Medical and sanitary report on the native army of Bombay for the year
Year: 1878
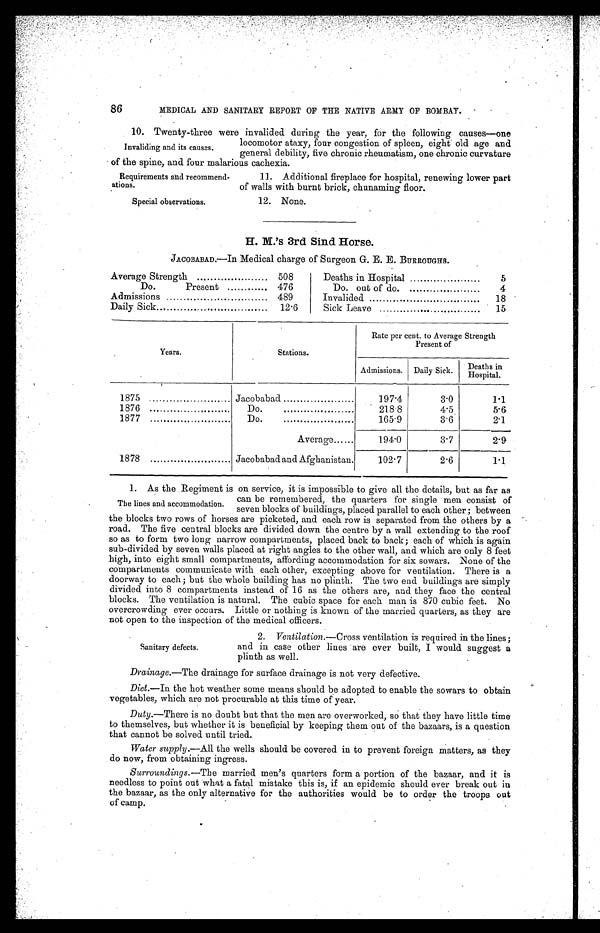
86
MEDICAL AND SANITARY REPORT OF THE NATIVE ARMY OF BOMBAY.
10. Twenty-three were invalided during the year, for the following causes—one
locomotor ataxy, four congestion of spleen, eight old age and
general debility, five chronic rheumatism, one chronic curvature
of the spine, and four malarious cachexia.
Invaliding and its causes.
Requirements and recommend-
ations.
Special observations.
11. Additional fireplace for hospital, renewing lower part
of walls with burnt brick, chunaming floor.
12. None.
H. M.’s 3rd Sind Horse.
JACOBABAD.—In Medical charge of Surgeon G. E. E. BURROUGHS.
Average Strength
508
Do.
Present
476
Admissions
489
Daily Sick
12.6
Deaths in Hospital
5
Do. out of do.
4
Invalided
18
Sick Leave
..........
15
Years.
Stations.
Rate per cent. to Average Strength
Present of
Admissions. Daily Sick.
D e a t h s i n
h o s p i t a l .
1875
Jacobabad
197.4
3.0
1.1
1876
D o . . . . . . . . . . . . . . .
218.8
4.5
5.6
1877
D o . . . . . . . . . . . . . . .
165.9
3.6
2.1
Average......
194.0
3.7
2.9
1878
Jacobabad and Afghanistan.
102.7
2.6
1.1
1. As the Regiment is on service, it is impossible to give all the details, but as far as
can be remembered, the quarters for single men consist of
seven blocks of buildings, placed parallel to each other ; between
the blocks two rows of horses are picketed, and each row is separated from the others by a
road. The five central blocks are divided down the centre by a wall extending to the roof
so as to form two long narrow compartments, placed back to back ; each of which is again
sub-divided by seven walls placed at right angles to the other wall, and which are only 8 feet
high, into eight small compartments, affording accommodation for six sowars. None of the
compartments communicate with each other, excepting above for ventilation. There is a
doorway to each ; but the whole building has no plinth. The two end buildings are simply
divided into 8 compartments instead of 16 as the others are, and they face the central
blocks. The ventilation is natural. The cubic space for each man is 870 cubic feet. No
overcrowding ever occurs. Little or nothing is known of the married quarters, as they are
not open to the inspection of the medical officers.
The lines and accommodation.
Sanitary defects.
2. Ventilation.—Cross ventilation is required in the lines;
and in case other lines are ever built, I would suggest a
plinth as well.
Drainage.—The drainage for surface drainage is not very defective.
Diet.—In the hot weather some means should be adopted to enable the sowars to obtain
vegetables, which are not procurable at this time of year.
Duty .—There is no doubt but that the men are overworked, so that they have little time
to themselves, but whether it is beneficial by keeping them out of the bazaars, is a question
that cannot be solved until tried.
Water supply.—All the wells should be covered in to prevent foreign matters, as they
do now, from obtaining ingress.
Surroundings.—The married men’s quarters form a portion of the bazaar, and it is
needless to point out what a fatal mistake this is, if an epidemic should ever break out in
the bazaar, as the only alternative for the authorities would be to order the troops out
of camp.